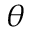
\theta